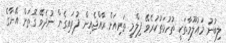
ލިބުނު މައުލޫމާތަކީ ތުހުމަތުކުރެވޭ ފިލްމީ ތަރިއަށް ރާއްޖެއިން ފުރައިގެން ނުދެވޭ ގޮތަށް އޭނާގެ